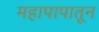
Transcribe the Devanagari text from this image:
महापापातून